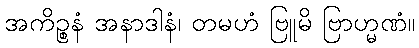
အကိဉ္စနံ အနာဒါနံ၊ တမဟံ ဗြူမိ ဗြာဟ္မဏံ။